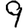
Digit: 9